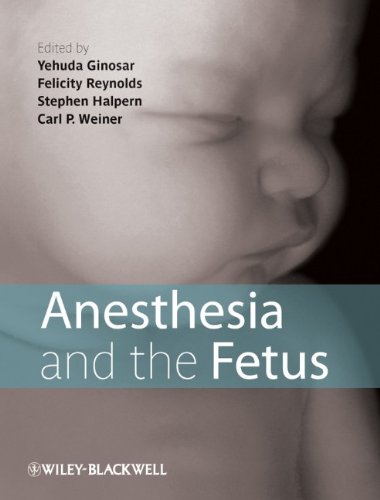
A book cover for Anesthesia and the Fetus; Medical Books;